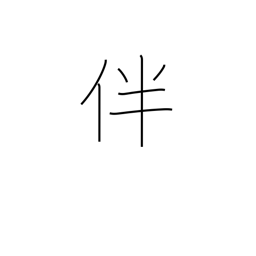
Meaning: bring with